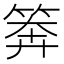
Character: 𥮈